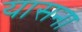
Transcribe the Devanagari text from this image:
यासना